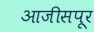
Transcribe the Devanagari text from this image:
आजीसपूर